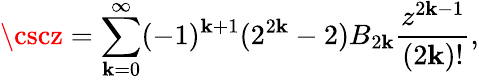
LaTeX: \cscz=\sum_{\mathbf{k}=0}^{\infty}(-1)^{\mathbf{k}+1}(2^{2\mathbf{k}}-2)B_{2\mathbf{k}}{\frac{{z^{2\mathbf{k}-1}}}{{(2\mathbf{k})!}}},